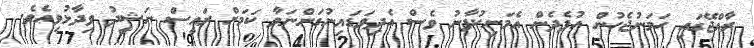
ރާއްޖޭގައި ހަމަނުޖެހުން އުފެދެން އެމަނިކުފާނު ވެސް އެދިވަޑައިނުގަންނަވާ ކަމަށް ރައީސް ނަޝީދު ވިދާޅުވިއެވެ.